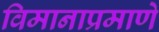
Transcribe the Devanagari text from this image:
विमानाप्रमाणे